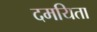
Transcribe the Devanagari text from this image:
दमयिता